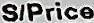
S/PRICE